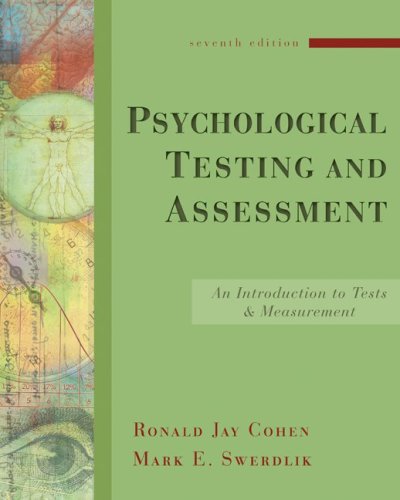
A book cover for Psychological Testing and Assessment: An Introduction to Tests and Measurement; Ronald Jay Cohen; Medical Books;